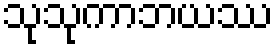
သုသုကာဘယဿ